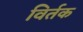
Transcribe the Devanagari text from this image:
विर्तक